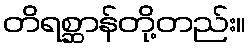
တိရစ္ဆာန်တို့တည်း။